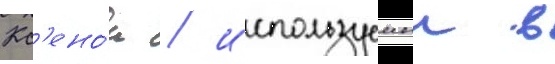
Кс'ено́н / используемыи в